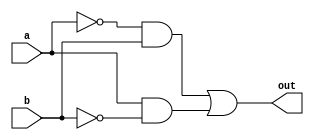
`timescale 1ns / 1ps
//////////////////////////////////////////////////////////////////////////////////
// Company: 
// Engineer: 
// 
// Design Name: 
// Module Name:    XorGate 
// Project Name: 
// Target Devices: 
// Tool versions: 
// Description: 
//
// Dependencies: 
//
// Revision: 
// Revision 0.01 - File Created
// Additional Comments: 
//
//////////////////////////////////////////////////////////////////////////////////
module XorGate(output out, input a, b
    );
//This is a XOR gate
	wire a0, b0;
	wire and1, and2;
	//inverters
	not (a0, a);
	not (b0, b);
	//Create the output
	and (and1, a0, b);
	and (and2, a, b0);
	or  (out, and1, and2);	//output
	
endmodule